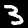
Digit: 3